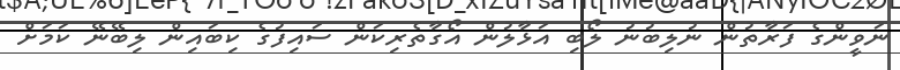
ނަވީންގެ ފަރާތުން ނުލިބުނު ލޯބި އަޅާލުން އޯގާތެރިކަން ސައިފުގެ ކިބައިން ލިބޭނޭ ކަމަށް